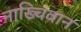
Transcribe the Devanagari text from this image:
नाख्चिवान